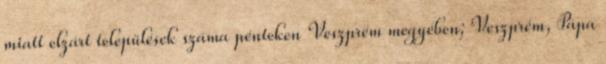
miatt elzárt települések száma pénteken Veszprém megyében; Veszprém, Pápa